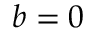
b = 0